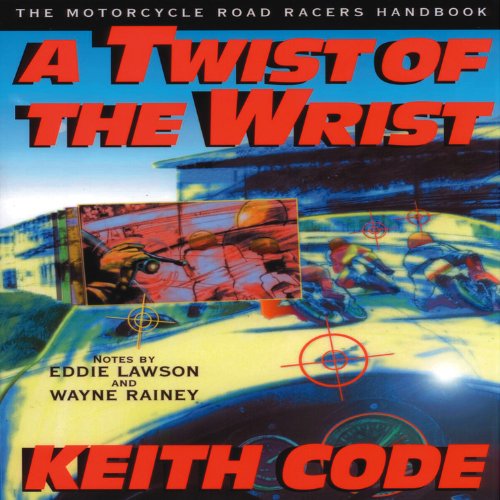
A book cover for Twist of the Wrist: The Motorcycle Roadracers Handbook; Keith Code; Engineering & Transportation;